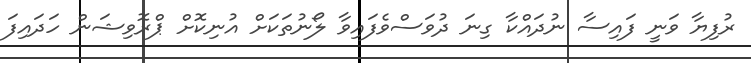
ރުފިޔާ ވަނީ ފައިސާ ނުދައްކާ ގިނަ ދުވަސްވެފައިވާ ލޯނުތަކަށް އުނިކޮށް ޕްރޮވިޝަން ހަދައިފަ